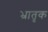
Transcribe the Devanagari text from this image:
भ्रातृक